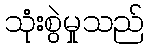
သုံးစွဲမှုသည်